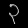
Digit: ၃